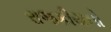
રાજકીયનો